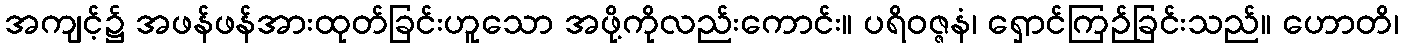
အကျင့်၌ အဖန်ဖန်အားထုတ်ခြင်းဟူသော အဖို့ကိုလည်းကောင်း။ ပရိဝဇ္ဇနံ၊ ရှောင်ကြဉ်ခြင်းသည်။ ဟောတိ၊